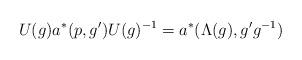
LaTeX: \begin{align*}U(g)a^{*}(p,g^{\prime })U(g)^{-1}=a^{*}(\Lambda (g),g^{\prime }g^{-1})\end{align*}